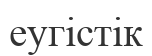
еугістік